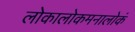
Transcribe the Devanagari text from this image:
लोकालोकमनालोकं